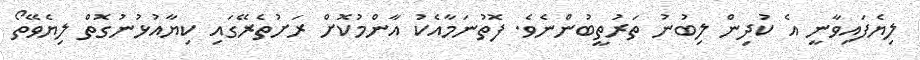
ލިޔެފައިވާނީ އެ ކުދިން ލިބުނު ތަރުތީބުންނެވެ. ފޮތުނަމާއެކު އާންމުކޮށް ރަށުތެރޭގައި ކިޔާއުޅުނުގޮތް ލިޔެވޭތޯ